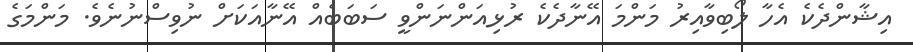
އިޝާންދެކެ އެހާ ލޯބިވާއިރު މަންމަ އޭނާދެކެ ރުޅިއަންނަންވީ ސަބަބެއް އޭނާއަކަށް ނުވިސްނުނެވެ. މަންމަގެ